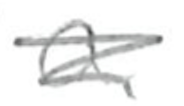
Text: a
Cross-out: scratch
Writing tool: pencil